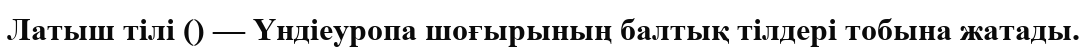
Латыш тілі () — Үндіеуропа шоғырының балтық тілдері тобына жатады.